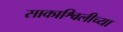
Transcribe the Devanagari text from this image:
साकाश्विलीच्या